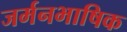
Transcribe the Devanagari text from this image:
जर्मनभाषिक